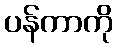
ပန်ကာကို